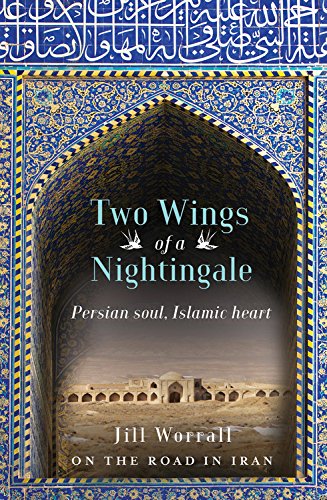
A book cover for Two Wings of a Nightingale: Persian soul, Islamic heart - On the road in Iran; Jill Worrall; Travel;